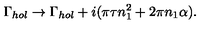
\Gamma _ { h o l } \to \Gamma _ { h o l } + i ( \pi \tau n _ { 1 } ^ { 2 } + 2 \pi n _ { 1 } \alpha ) .